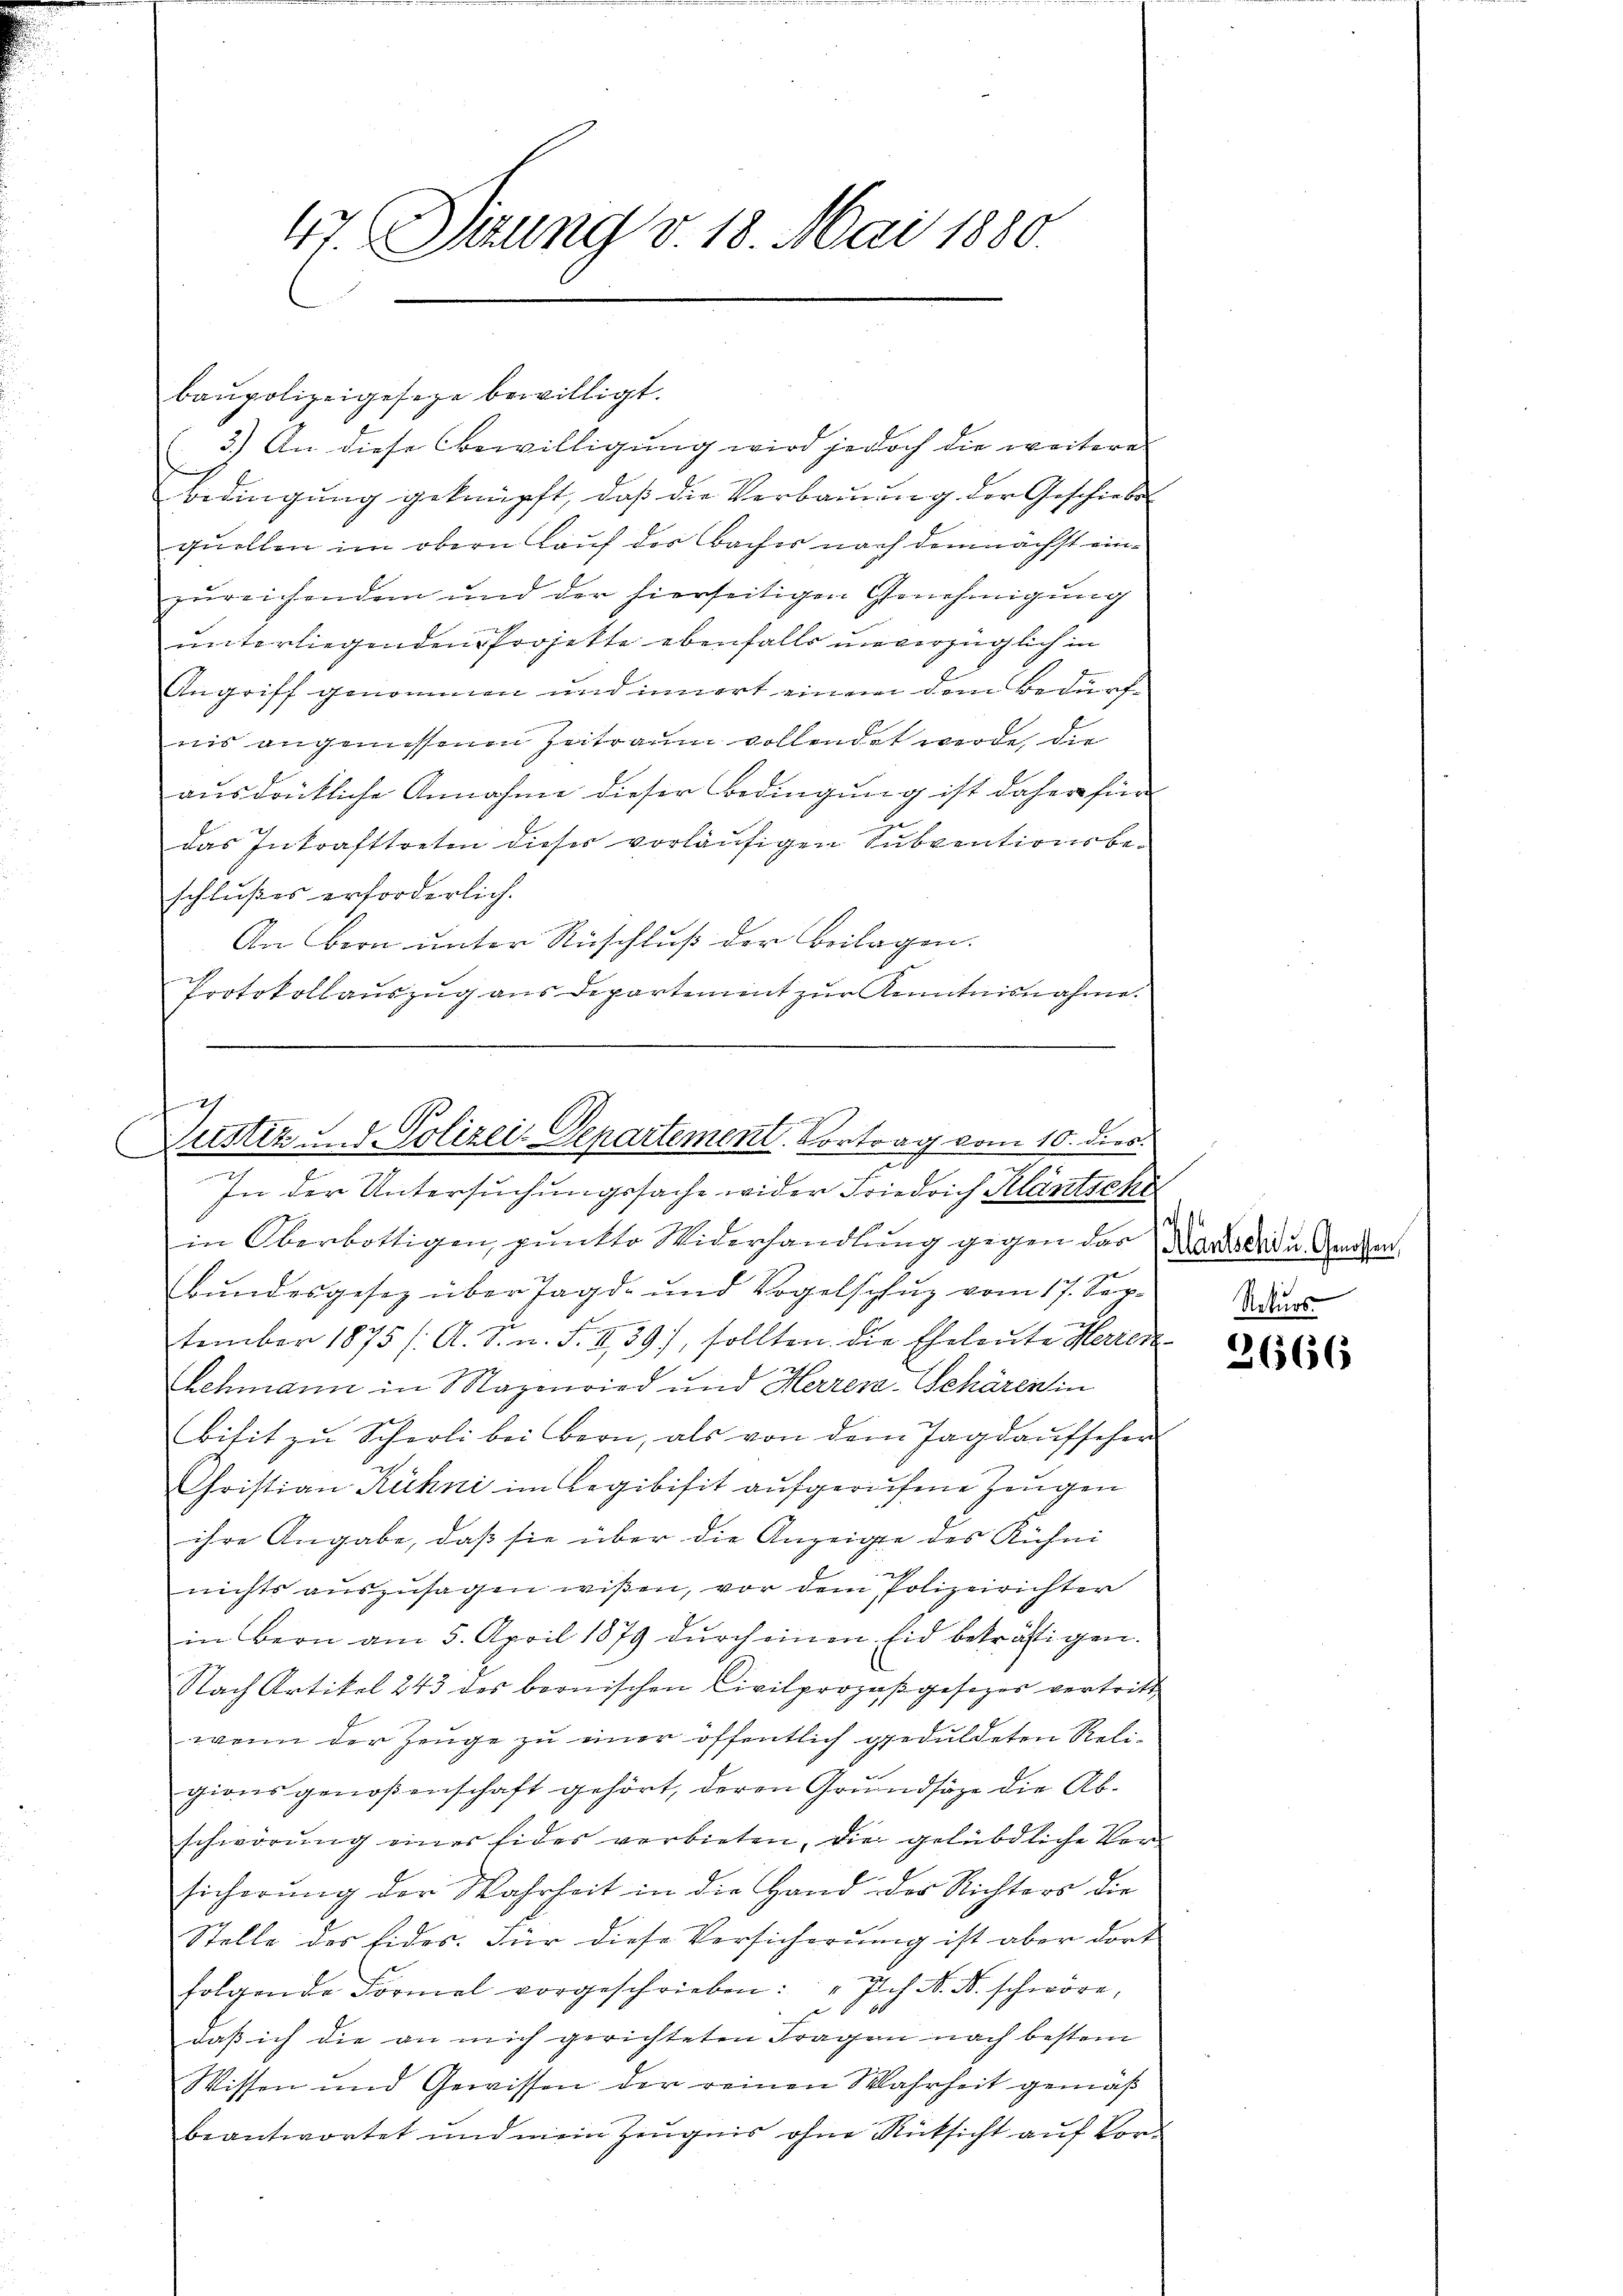
47. Sizung v. 18. Mai 1880.

baupolizeigeseze bewilligt.
3.) An diese bewilligung wird jedoch die weitere
bedingung geknüpft, daß die Verbauung der Geschiebe
quellen im obern Lauf des Bacher nach demnächst einzureichende und der hierseitigen Genehmigung
unterliegenden Projekte ebenfalls unverzüglich in
Angriff genommen und innert einem dem Bedürfnis angemessenen Zeitraum vollendet werde, die
ausdrückliche Annahme dieser Bedingung ist daher für
das Inkrafttreten dieser vorläufigen Subventionsbeschlußes erforderlich.
An Bern unter Ruschluß der Beilagen.
Protokollaŭszŭg ans Departement zŭr Kenntnisnahme.

2
Justiz, d. Polizei-Departement. Vortrag vom 10. dies.
n
In der Untersuchungssache wider Friedrich Klantsche

in Oberbottigen, pŭnkto Widerhandlung gegen der Karto der u. Gegen
Bundesgesetz über Jagd- und Vogelschuz vom 17. September 1875 /: A. S. n. F. II 39), sollten die Eheleute Herren
e
Lehmann in Mazenried und Herrer-Schären in
bisit zŭ Scherli bei Bern, als von dem Tagdaŭfseher
Christian Kühni im Legibisit aufgerufene Zeugen
ihre Angabe, daß sie über die Anzeigte des Rühni-
nichts auszusagen wißen, vor dem Polizeirichter
in Bern am 5. April 1879 durch einen Eid bekräftigen.
Nach Artikel 243 des bernischen Civilprozeβgesetzes vertritt
wenn der Zeuge zu einer öffentlich geduldeten Religionsgenoßenschaft gehört, deren Grundsätze die Ab-
schwörung einer Eides verbieten, die gelübdliche Versicherŭng der Wahrheit in die Hand der Richters die
Stelle des Eides. Für diese Versicherung ist aber dort
folgende Formel vorgeschrieben: "Ich N. N. schwöre,
1

daß ich die an mich gerichteten Fragen nach bestem
Wissen und Gewissen der reinen Wahrheit gemäß
beantwortet und mein Zeŭgnis ohne Rücksicht aŭf Vor-

Rekurs-
3666